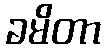
ခမိတာ